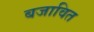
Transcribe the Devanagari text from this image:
बजावित